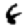
Digit: 6